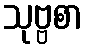
သုဗ္ဗစာ